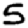
Digit: 5